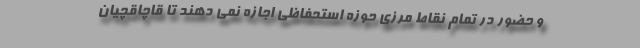
و حضور در تمام نقاط مرزی حوزه استحفاظی اجازه نمی دهند تا قاچاقچیان